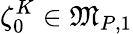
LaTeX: \zeta_{0}^{K}\in\mathfrak{M}_{P,1}